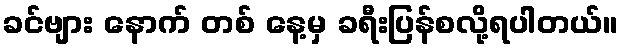
ခင်ဗျား နောက် တစ် နေ့မှ ခရီးပြန်စလို့ရပါတယ်။